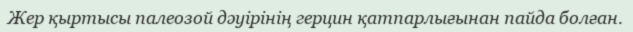
Жер қыртысы палеозой дәуірінің герцин қатпарлығынан пайда болған.